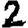
Digit: 2